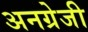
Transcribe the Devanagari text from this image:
अनग्रेजी